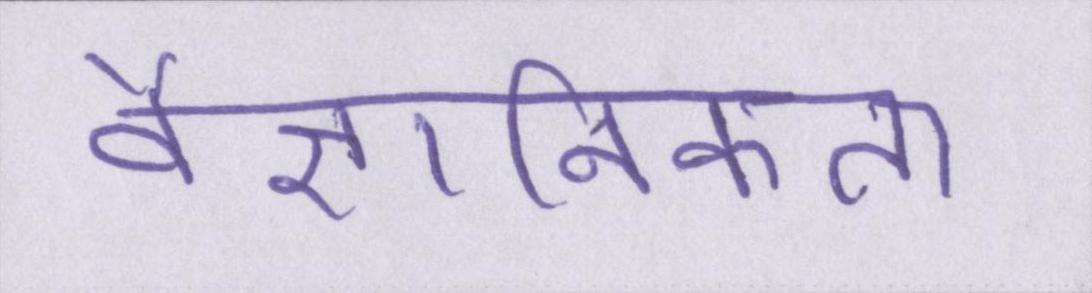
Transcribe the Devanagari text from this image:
वैज्ञानिकता